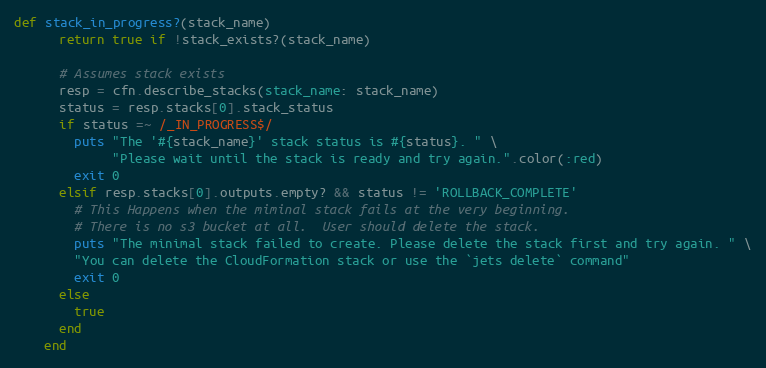
Language: Ruby
def stack_in_progress?(stack_name)
      return true if !stack_exists?(stack_name)

      # Assumes stack exists
      resp = cfn.describe_stacks(stack_name: stack_name)
      status = resp.stacks[0].stack_status
      if status =~ /_IN_PROGRESS$/
        puts "The '#{stack_name}' stack status is #{status}. " \
             "Please wait until the stack is ready and try again.".color(:red)
        exit 0
      elsif resp.stacks[0].outputs.empty? && status != 'ROLLBACK_COMPLETE'
        # This Happens when the miminal stack fails at the very beginning.
        # There is no s3 bucket at all.  User should delete the stack.
        puts "The minimal stack failed to create. Please delete the stack first and try again. " \
        "You can delete the CloudFormation stack or use the `jets delete` command"
        exit 0
      else
        true
      end
    end